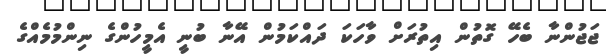
ޖަޖުންނާ ބެހޭ ގޮތުން އިތުރަށް ވާހަކަ ދައްކަމުން އޭނާ ބުނީ އެމީހުންގެ ނިންމުމެއްގެ